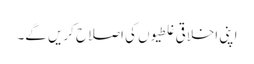
اپنی اخلاقی غلطیوں کی اصلاح کریں گے۔